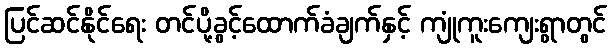
ပြင်ဆင်နိုင်ရေး တင်ပို့ခွင့်ထောက်ခံချက်နှင့် ကျုံကူးကျေးရွာတွင်